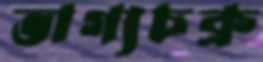
ভাগ্যচক্র